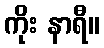
ကိုး နာရီ။